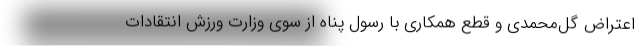
اعتراض گل‌محمدی و قطع همکاری با رسول پناه از سوی وزارت ورزش انتقادات